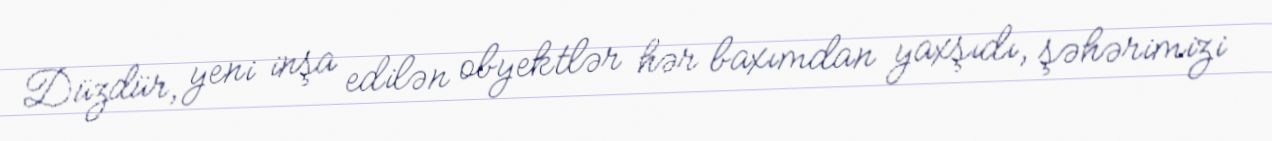
Düzdür, yeni inşa edilən obyektlər hər baxımdan yaxşıdı, şəhərimizi